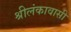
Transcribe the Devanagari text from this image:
श्रीलंकावासी